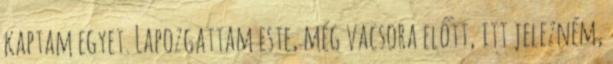
kaptam egyet. Lapozgattam este, még vacsora előtt, itt jelezném,